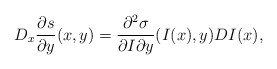
\begin{align*}D_x\frac{\partial s}{\partial y}(x,y) = \frac{\partial^2 \sigma}{\partial I \partial y}(I(x),y)D I(x),\end{align*}